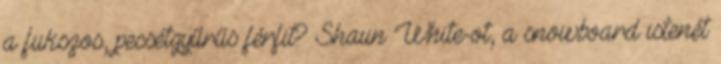
a fukszos, pecsétgyűrűs férfit? Shaun White-ot, a snowboard istenét